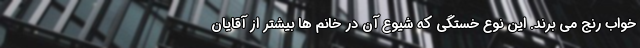
خواب رنج می برند. این نوع خستگی که شیوع آن در خانم ها بیشتر از آقایان